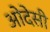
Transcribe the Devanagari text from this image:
ओदेसी